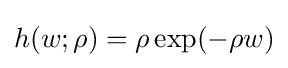
h(w;\rho )=\rho \exp(-\rho w)